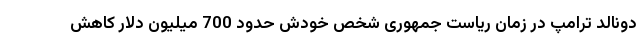
دونالد ترامپ در زمان ریاست جمهوری شخص خودش حدود 700 میلیون دلار کاهش